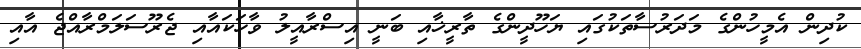
ކުދިން އެމީހުންގެ މަދަރުސާތަކުގައި ޔަހޫދީންގެ ތާރީޚާއި ބަނީ އިސްރާއީލު ވާހަކައާއި ޖެރޫސަލަމްރާއްޖެ އާއި